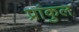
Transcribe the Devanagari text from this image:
प्रांकुल